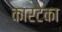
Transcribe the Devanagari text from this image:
कारटेका